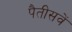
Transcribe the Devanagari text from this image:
पैतीसवें